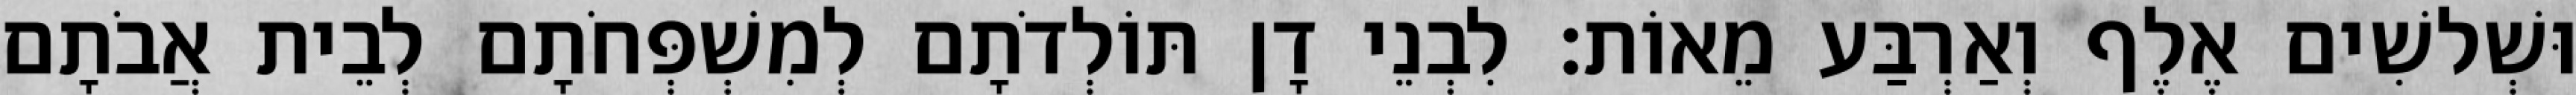
וּשְׁלשִׁים אֶלֶף וְאַרְבַּע מֵאוֹת׃ לִבְנֵי דָן תּוֹלְדֹתָם לְמִשְׁפְּחֹתָם לְבֵית אֲבֹתָם